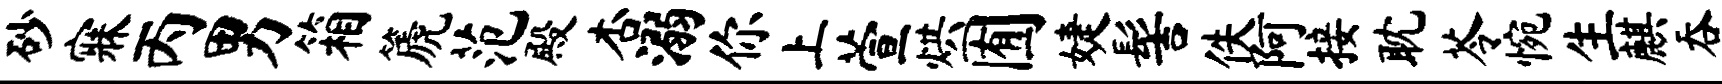
砂寐丙男箱篪范殿杏溺你上萱烘囿婕髻佚阿接耽苓惋生麒吞